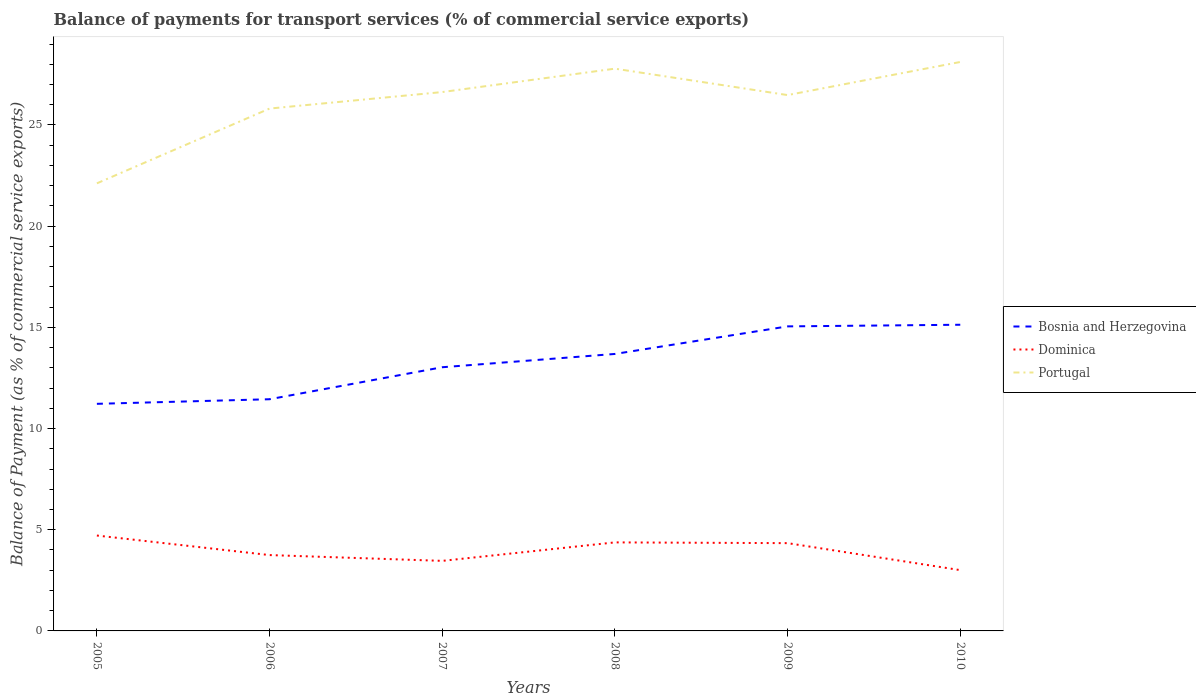
| Years | Bosnia and Herzegovina | Dominica | Portugal |
 | --- | --- | --- | --- |
 | 2005 | 11.2 | 4.71 | 22.1 |
 | 2006 | 11.4 | 3.75 | 25.8 |
 | 2007 | 13 | 3.46 | 26.6 |
 | 2008 | 13.7 | 4.37 | 27.8 |
 | 2009 | 15 | 4.34 | 26.5 |
 | 2010 | 15.1 | 3 | 28.1 |